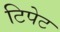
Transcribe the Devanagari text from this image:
टिपेट